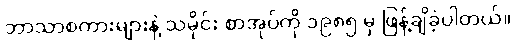
ဘာသာစကားများနဲ့ သမိုင်း စာအုပ်ကို ၁၉၈၅ မှ ဖြန့်ချိခဲ့ပါတယ်။